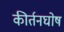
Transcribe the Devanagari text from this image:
कीर्तनघोष